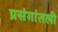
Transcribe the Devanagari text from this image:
प्रसंगांतली